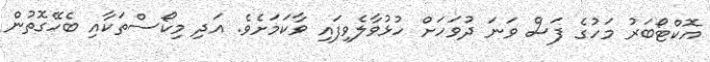
އޮކްޓޯބަރު މަހުގެ ފަސް ވަނަ ދުވަހަށް ހުޅުވާލެވިފައި ވާކަމަށެވެ. އަދި މިކޯސްތަކާއި ބެހޭގޮތުން